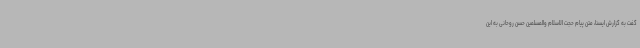
گفت به گزارش ایسنا، متن پیام حجت الاسلام والمسلمین حسن روحانی به این